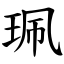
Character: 珮